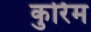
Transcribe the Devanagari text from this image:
कुर्रिम